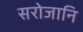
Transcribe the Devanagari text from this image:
सरोजानि